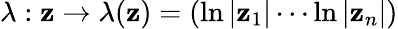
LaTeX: \lambda:\mathbf{z}\rightarrow\lambda(\mathbf{z})=(\ln|\mathbf{z}_{1}|\cdots\ln|\mathbf{z}_{n}|)